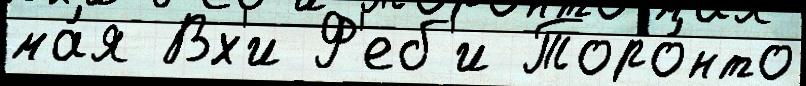
ма́я Вх'и Ф'еб'и Торо́нто